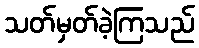
သတ်မှတ်ခဲ့ကြသည်